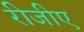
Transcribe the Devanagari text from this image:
रीजीए